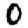
Digit: 0